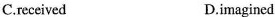
C.received D.imagined